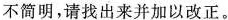
不简明，请找出来并加以改正。